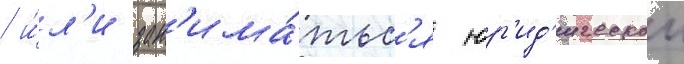
/ и́л'и зан'има́тьс'я юр'ид'ическои